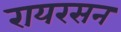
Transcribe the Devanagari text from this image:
रायरसन